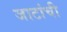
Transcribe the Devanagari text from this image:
जाटांची